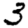
Digit: 3